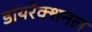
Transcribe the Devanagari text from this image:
डायरेक्शनल